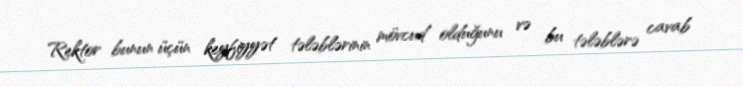
Rektor bunun üçün keyfiyyət tələblərinin mövcud olduğunu və bu tələblərə cavab